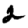
Digit: 2